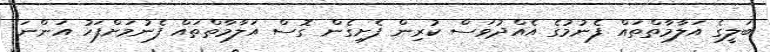
ބަލީގެ އަލާމާތްތައް ފެނުމުގެ އެއްދުވަސް ކުރިން ފެށިގެން ގޮސް އަލާމާތްތައް ފެނުމަށްފަހު އަންނަ